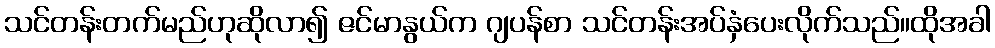
သင်တန်းတက်မည်ဟုဆိုလာ၍ ဇင်မာနွယ်က ဂျပန်စာ သင်တန်းအပ်နှံပေးလိုက်သည်။ထိုအခါ